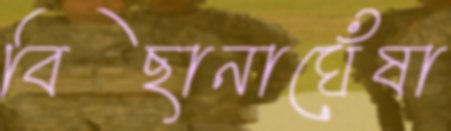
বিছানাঘেঁষা